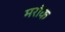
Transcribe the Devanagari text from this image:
मरॉक